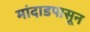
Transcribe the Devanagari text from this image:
मांदाडपासून